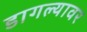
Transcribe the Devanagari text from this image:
डागल्यावर